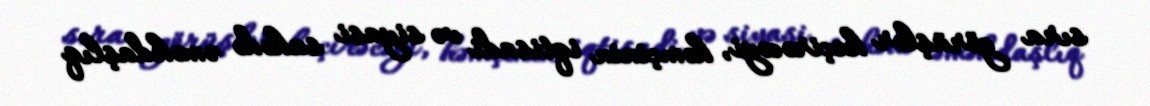
sıra görüşlər keçirəcəyi, həmçinin iqtisadi və siyasi sahədə əməkdaşlıq